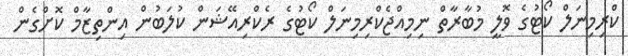
ކްރިމިނަލް ކޯޓުގެ ވޮލީ މުބާރާތް ނިމިއްޖެކްރިމިނަލް ކޯޓުގެ ރެކްރިއޭޝަން ކުލަބުން އިންތިޒާމް ކޮށްގެން